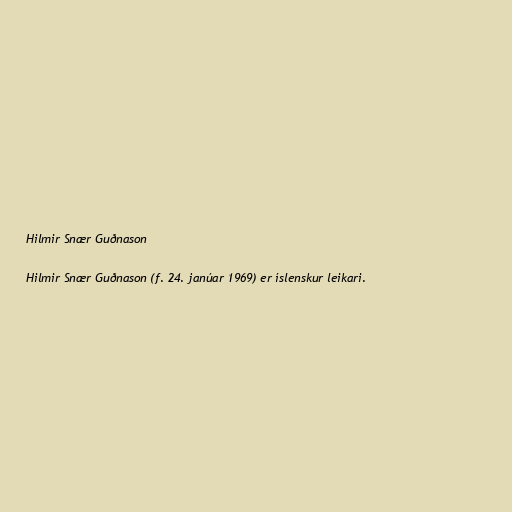
Hilmir Snær Guðnason

Hilmir Snær Guðnason (f. 24. janúar 1969) er íslenskur leikari.